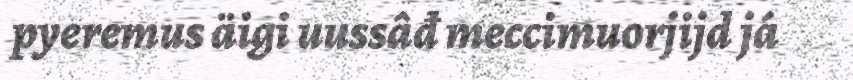
pyeremus äigi uussâđ meccimuorjijd já